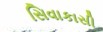
સિવાકાસી